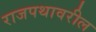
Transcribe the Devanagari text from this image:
राजपथावरील